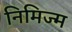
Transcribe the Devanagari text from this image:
निमिज्म